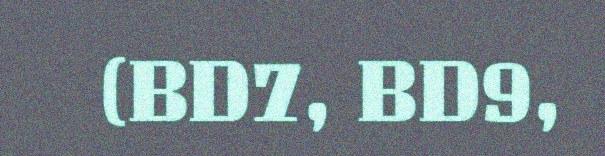
(BD7, BD9,